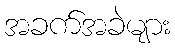
အခက်အခဲများ